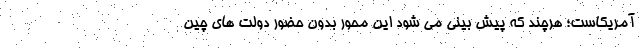
آمریکاست؛ هرچند که پیش بینی می شود این محور بدون حضور دولت های چین